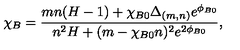
\chi _ { B } = \frac { m n ( H - 1 ) + \chi _ { B 0 } \Delta _ { ( m , n ) } e ^ { \phi _ { B 0 } } } { n ^ { 2 } H + ( m - \chi _ { B 0 } n ) ^ { 2 } e ^ { 2 \phi _ { B 0 } } } ,